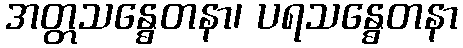
အတ္တသန္ဓေတနာ၊ ပရသန္ဓေတနာ